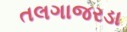
તલગાજરડા